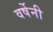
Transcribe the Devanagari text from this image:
वर्षेनी